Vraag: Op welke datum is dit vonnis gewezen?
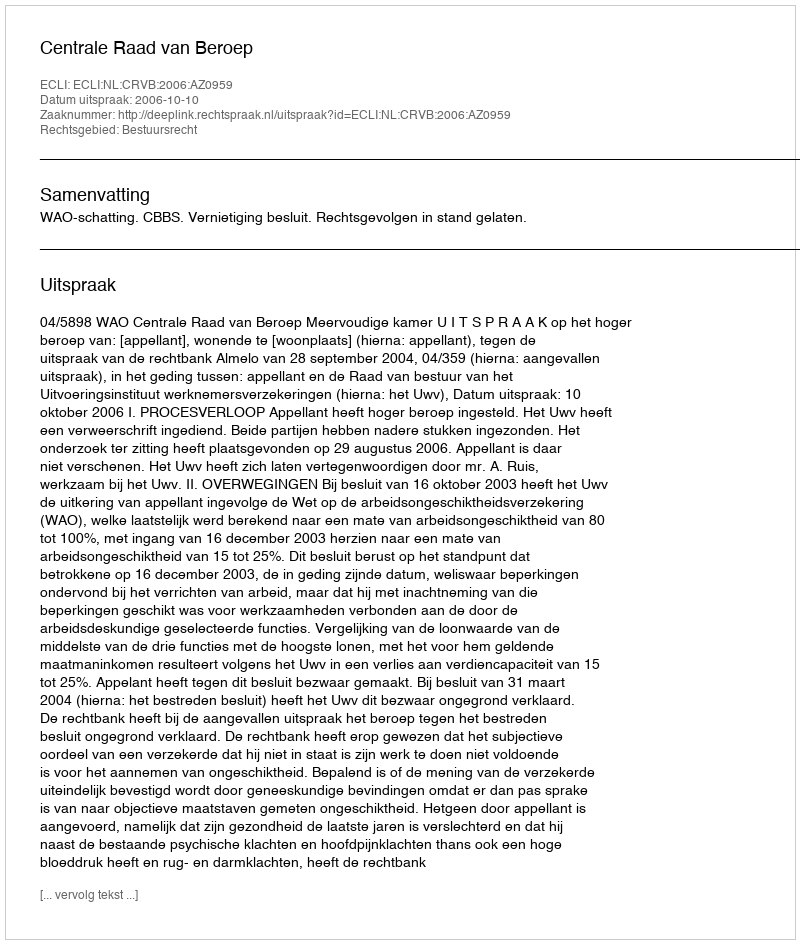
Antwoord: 2006-10-10